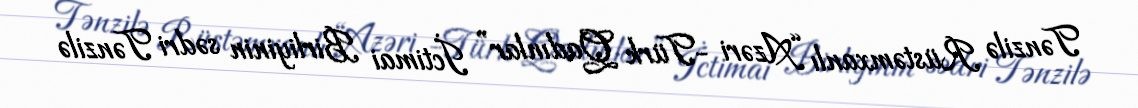
Tənzilə Rüstəmxanlı “Azəri -Türk Qadınlar” İctimai Birliyinin sədri Tənzilə